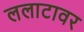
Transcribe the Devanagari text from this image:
ललाटावर